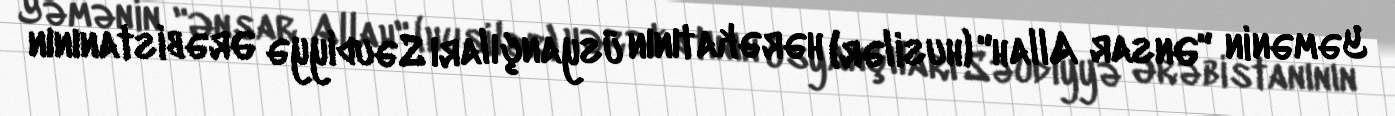
Yəmənin "Ənsar Allah" (husilər) hərəkatının üsyançıları Səudiyyə Ərəbistanının